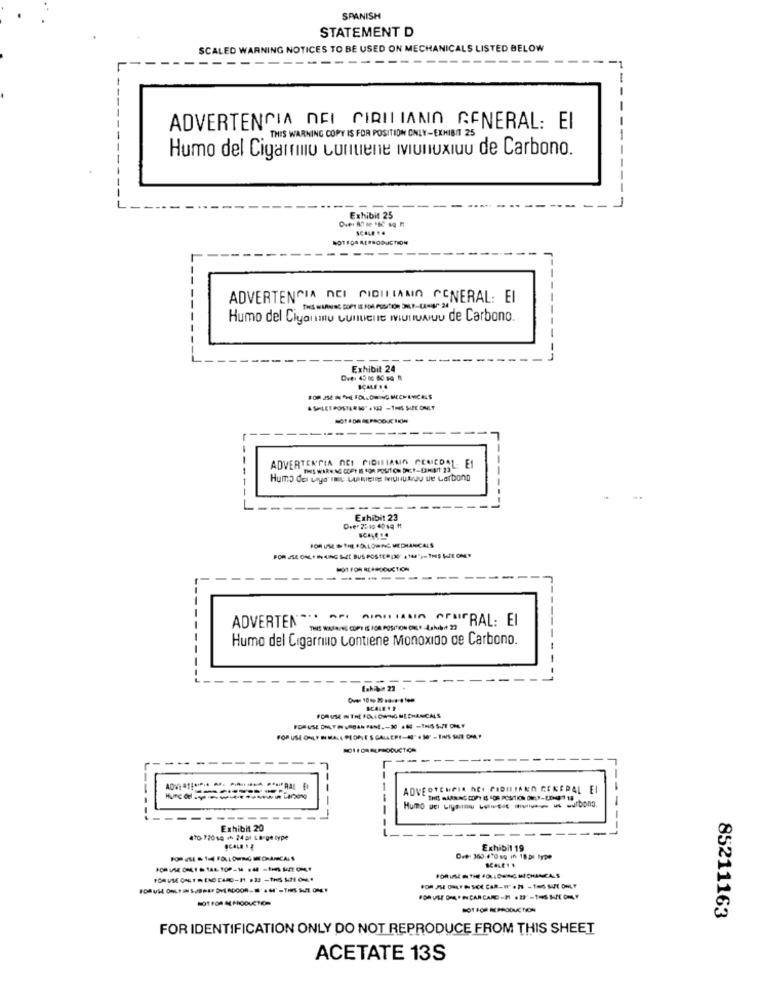
SPANISH
STATEMENT D
SCALED WARNING NOTICES TO BE USED ON MECHANICALS LISTED BELOW
ADVERTENCIA NEI CIRITIANO GENERAL: EI
. THIS WARNING COPY IS FOR POSITION ONLY-EXHIBIT 25
Humo del Cigarro cunuene munuxiuu de Carbono.
Exhibit 25
---
ADVERTENCIA DCI CIDILLAMO GENERAL: EI
Humo del Ciyonau Cultuelle MUITA de Carbono.
Exhibit 24
FOR JSE IN THE FOLLOWING MECHANICALS
ASHLEE POSTARSO" . NA -TRES SURE ONLY
ADVERTENCIA NEI PIDILIANO GENICDAL. EI
-.
Exhibit 23
FOR UME & THE FOLLOWING MEDIANCALS
FOR USE ONLY IN LING S-LE BUS POSTER [20" (104")=1MS SEE ONLY
-01 FOR REPRODUCTION
----
ADVERTEN -.. . CIAOITALIA OFMITRAL: EI
THE WARNING COPY IS FOR POSITION CUL T-Eshab+ ]
Humo del Cigarrino Contiene Monoxido de Carbono.
fahab 22 .
SCALE 4 F
FORUSE IN THE FOLLOWING MECHANICALS
-------
ADVERTENCIA DEI PIDILIAND GENERAL EI
Exhibit 20
470- 72010 1 24 21 LB gt type
Exhibit 19
Cve 369-470 sg in 18 Di type
FOR USE IN THE FOLLOWING MECHANICALS
SOT FOR REPRODUCTION
85211163
FOR IDENTIFICATION ONLY DO NOT REPRODUCE FROM THIS SHEET
ACETATE 13S